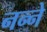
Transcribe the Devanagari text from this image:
नन्ने